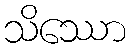
သိဿော